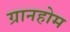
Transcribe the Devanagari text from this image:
ग्रानहोम